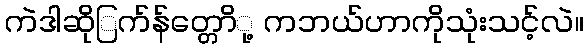
ကဲဒါဆိုြက်န်တ္တောို့ ကဘယ်ဟာကိုသုံးသင့်လဲ။